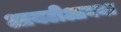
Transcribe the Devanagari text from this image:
आयटीआयचा